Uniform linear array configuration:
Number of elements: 8
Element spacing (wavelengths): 0.25
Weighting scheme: hamming
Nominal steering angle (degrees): -30
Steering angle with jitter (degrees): -29.564
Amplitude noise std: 0.05
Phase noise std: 0.05

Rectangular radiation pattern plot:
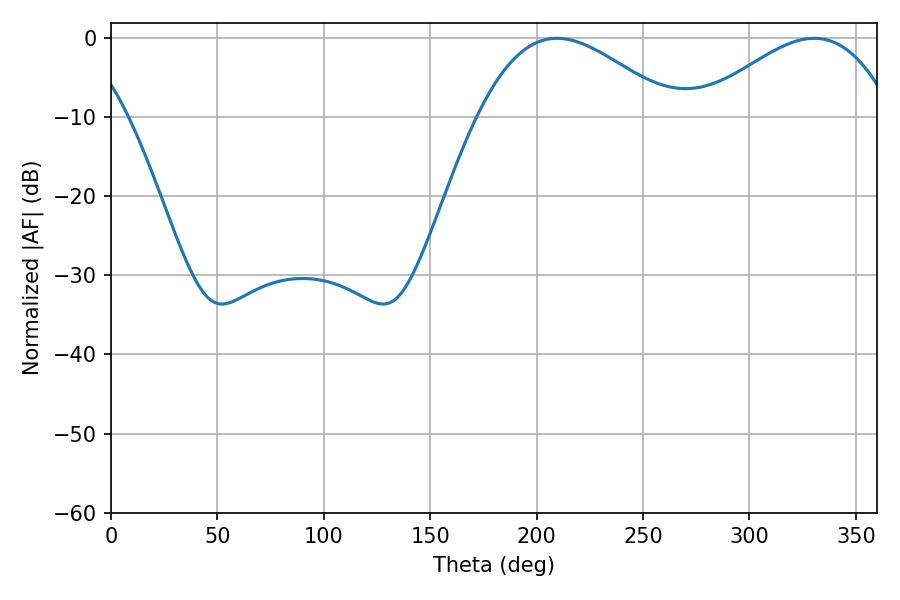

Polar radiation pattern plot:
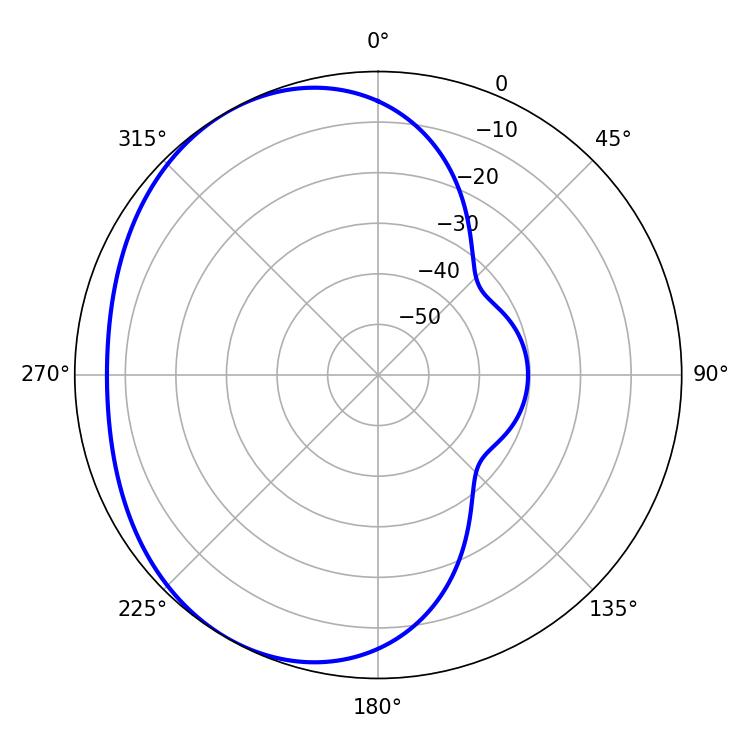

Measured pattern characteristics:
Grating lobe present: FALSE
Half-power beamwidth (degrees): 49.5
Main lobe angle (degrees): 209.52